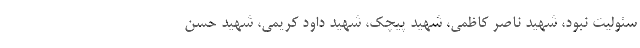
سئولیت نبود، شهید ناصر کاظمی، شهید پیچک، شهید داود کریمی، شهید حسن